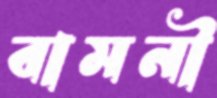
বামনী